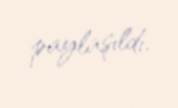
paylaşıldı.